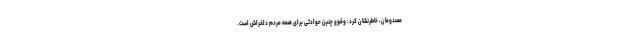
مصدومان، خاطرنشان کرد: وقوع چنین حوادثی برای همه مردم دلخراش است.